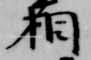
相